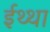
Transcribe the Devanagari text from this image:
ईथ्था